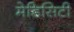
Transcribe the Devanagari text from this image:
मेडिसिटी